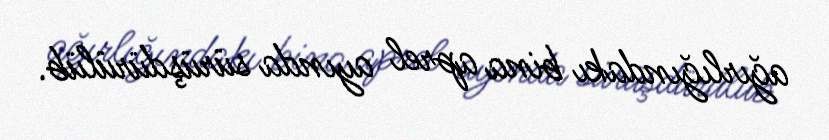
ağırlığındakı bina aprel ayında sürüşdürülüb.